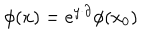
\phi ( x ) = e ^ { y \cdot \partial } \phi ( x _ { 0 } )